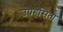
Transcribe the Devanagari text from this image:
उपहसिता